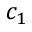
c _ { 1 }